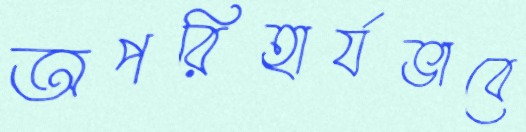
অপরিহার্যভাবে